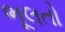
ભૂલતો